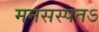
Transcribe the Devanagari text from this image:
मनसस्पतऽ